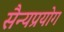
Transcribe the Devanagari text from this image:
सैन्यप्रयोग